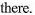
there.